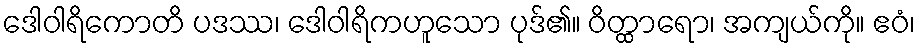
ဒေါဝါရိကောတိ ပဒဿ၊ ဒေါဝါရိကဟူသော ပုဒ်၏။ ဝိတ္ထာရော၊ အကျယ်ကို။ ဧဝံ၊